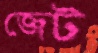
জেট